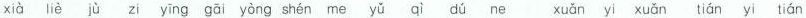
xià liè jù zi yīng gāī yòng shén me yǔ qì dú ne xuǎn yi xuǎn tián yi tián